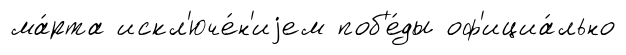
ма́рта искл'юче́н'иjем поб'е́ды оф'ициа́льно